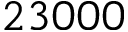
2 3 0 0 0